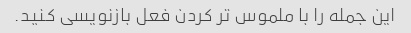
این جمله را با ملموس تر کردن فعل بازنویسی کنید.